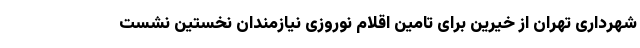
شهرداری تهران از خیرین برای تامین اقلام نوروزی نیازمندان نخستین نشست